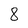
Character: 8